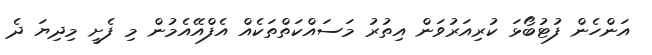
އަންހެން ފުޓުބޯޅަ ކުރިއަރުވަން އިތުރު މަސައްކަތްތަކެއް އެފްއޭއެމުން މި ފެށީ މިދިޔަ ދެ